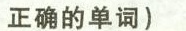
正确的单词)